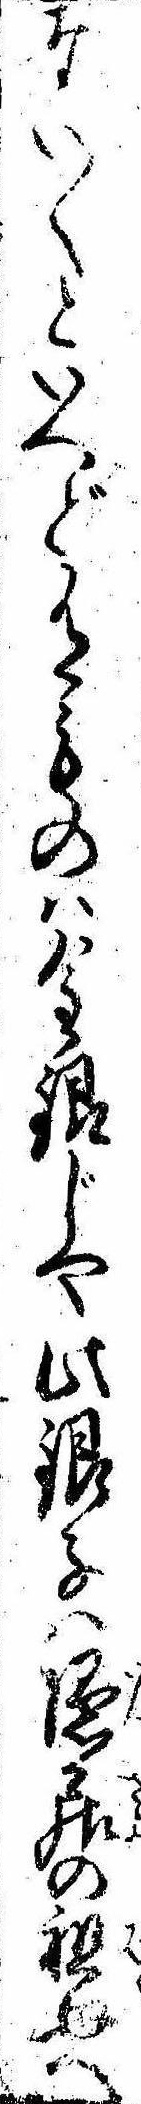
ない〱といへど有ものは金銀じや此銀子は隠居の祖母へ